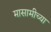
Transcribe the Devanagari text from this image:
मासामीच्या